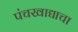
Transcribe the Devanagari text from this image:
पंचखाद्याचा